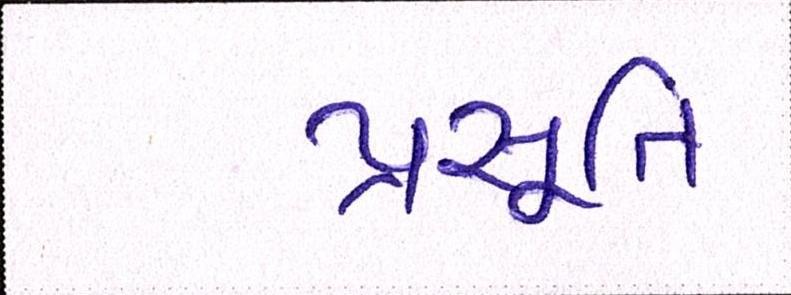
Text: પ્રસૂતિ